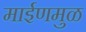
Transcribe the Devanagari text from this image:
माईणमुळ